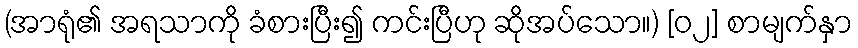
(အာရုံ၏ အရသာကို ခံစားပြီး၍ ကင်းပြီဟု ဆိုအပ်သော။) [၀၂] စာမျက်နှာ